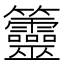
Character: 䉹